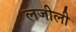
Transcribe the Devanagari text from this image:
लजीली